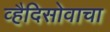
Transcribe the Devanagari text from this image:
व्हैदिसोवाचा